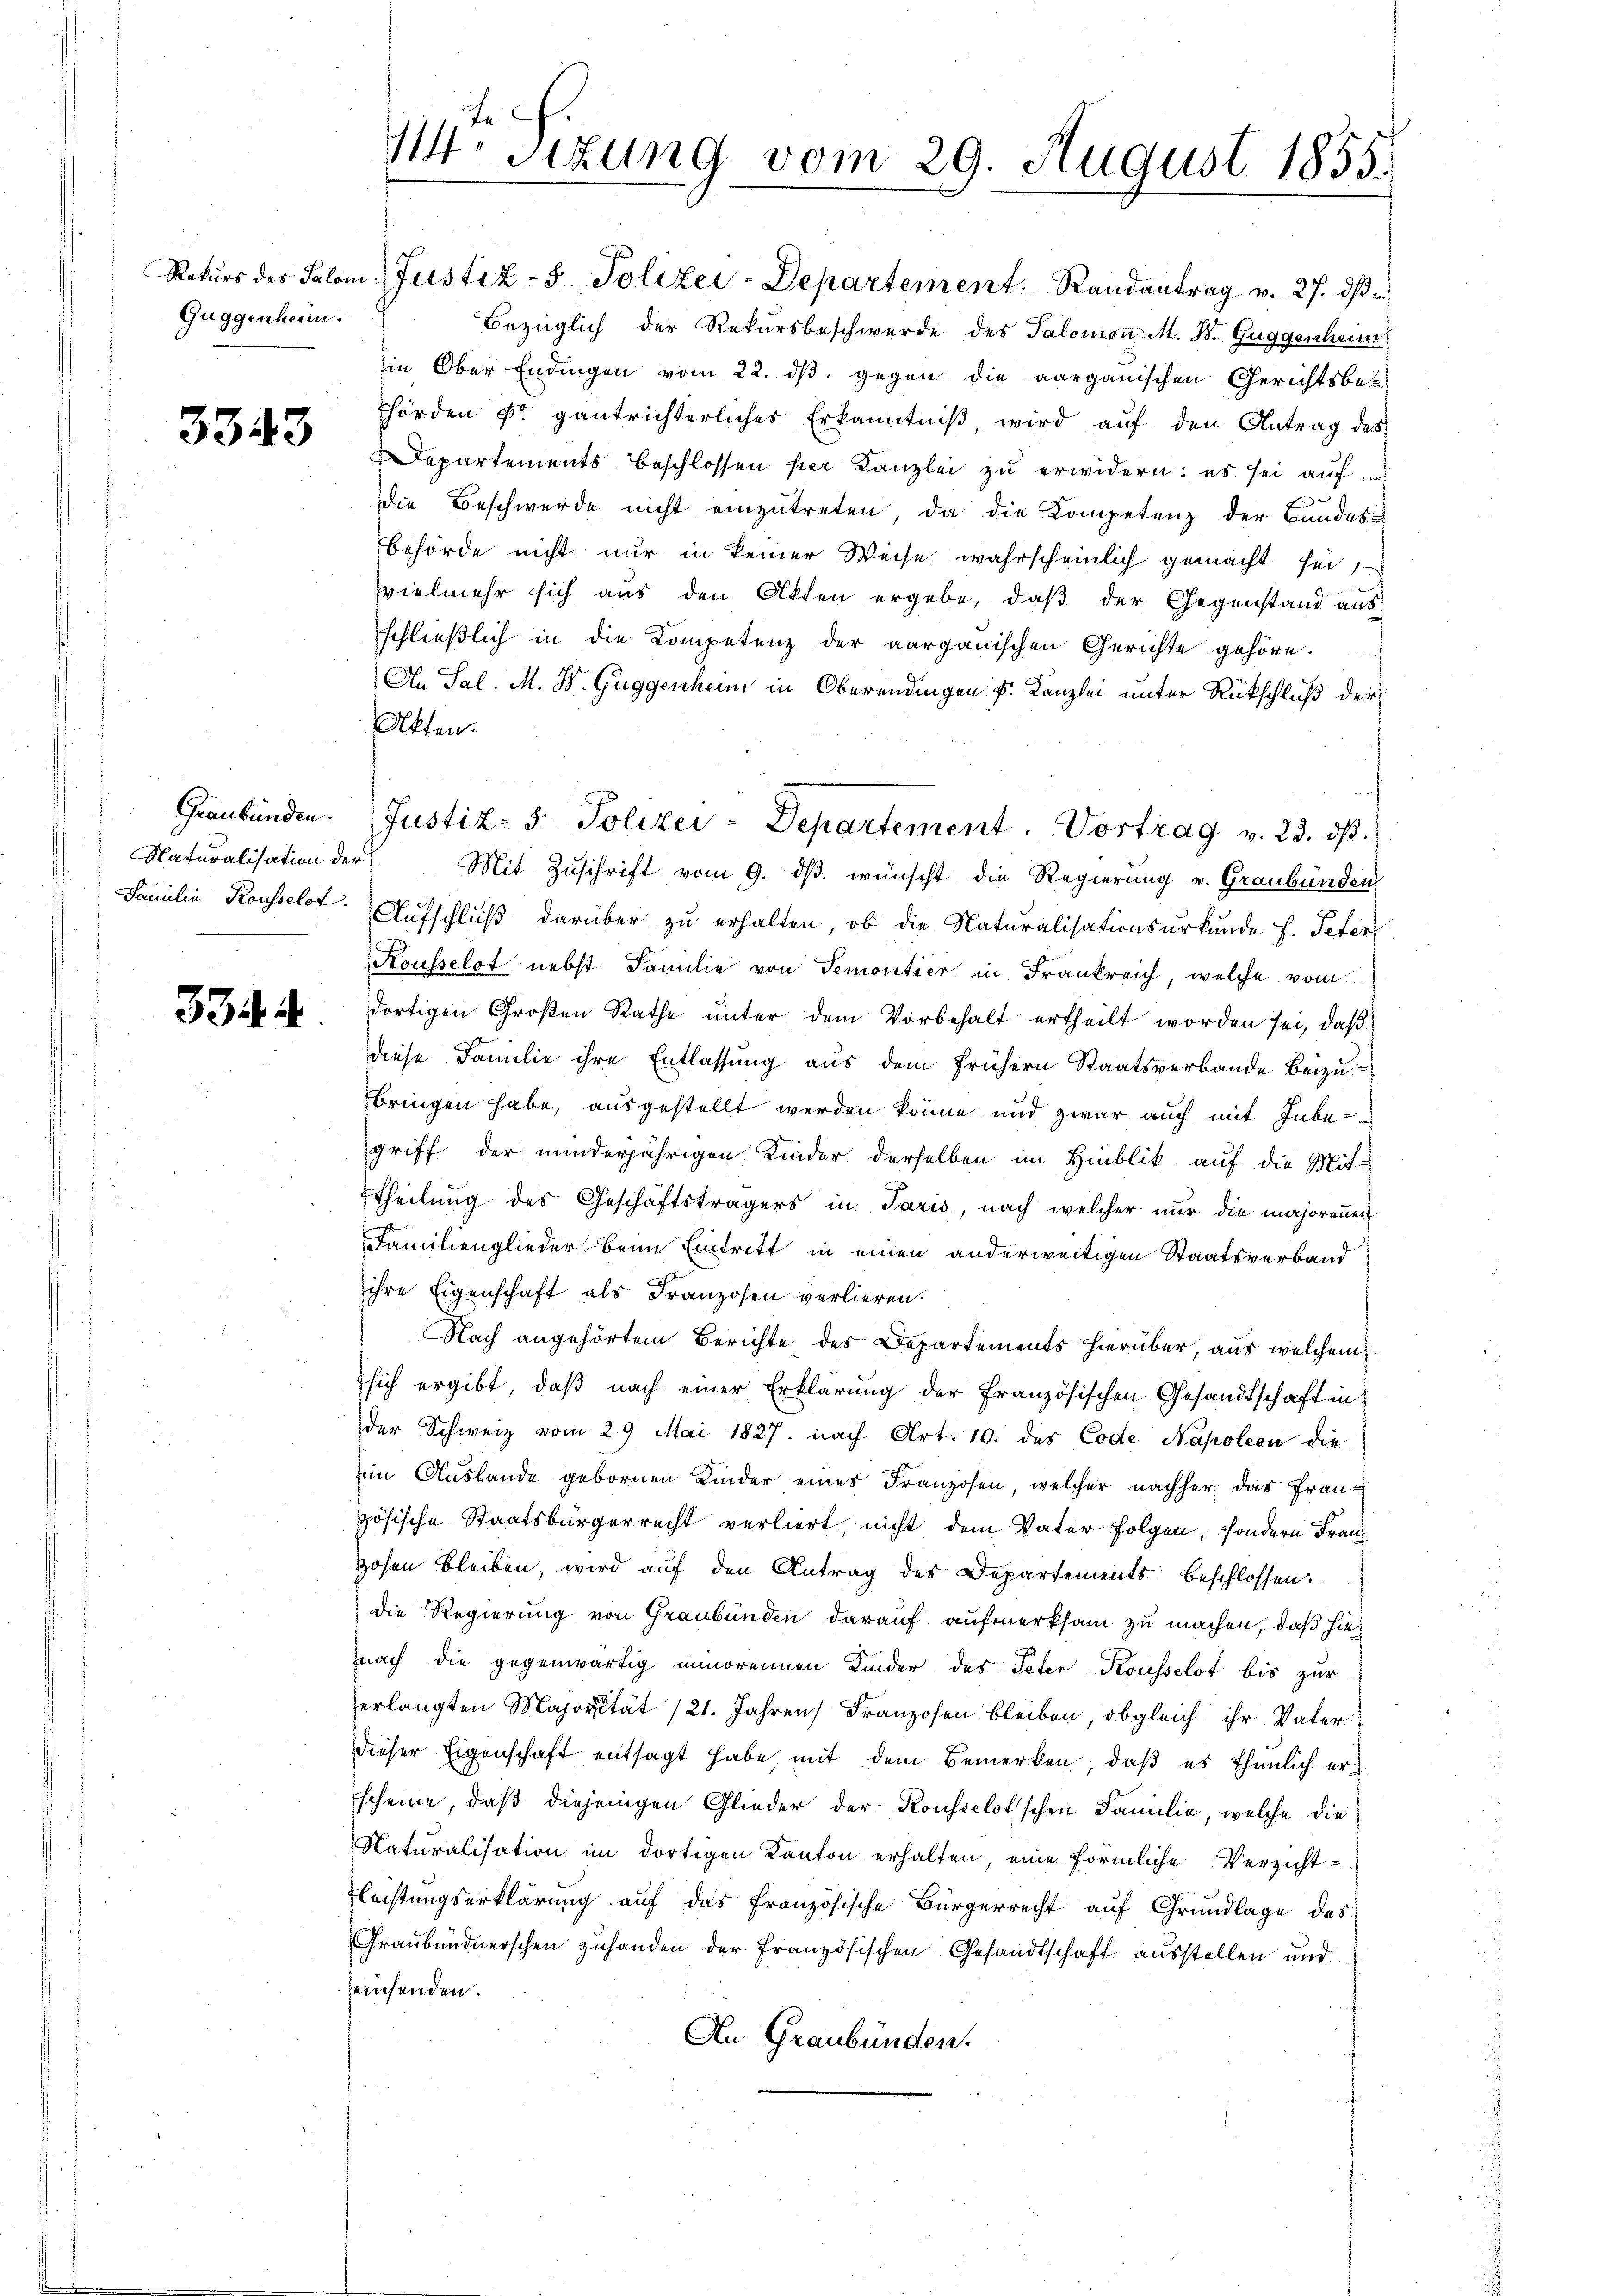
Guggenheim.

3343

Graubünden.
Naturalisation der

334. 4

M. Sizung vom 29. August 1855.

Rekurs des Salom Justiz- & Polizei-Departement. Randantrag v. 27. dβ
Bezüglich der Rekursbeschwerde des Salomon M. B. Guggenhei
in Ober Endingen vom 22. ds. gegen die aargauischen Gerichtsbe¬
Thörden Fr. gantrichterliches Erkenntniß, wird auf den Antrag des
Departements beschlossen hier Kanzlei zu erwidern: es sei auf
Die Beschwerde nicht einzutreten, da die Kompetenz der Bundes-
behörde nicht nur in keiner Weise wahrscheinlich gemacht sei,
vielmehr sich aus den Akten ergebe, daß der Gegenstand aus
schließlich in die Kompetenz der aargauischen Gerichte gehöre.
An Sal. M. D. Guggenheim in Oberendingen u. Kanzlei unter Rückschluß der
Akten.
Mit Zuschrift vom 9. dβ. wünscht die Regierung v. Graubünden
Familie Rousselst. Aufschluß darüber zu erhalten, ob die Naturalisationsurkunde f. Petenz
Kousselot nebst Familie von Semontier in Frankreich, welche vom
dortigen Großen Rathe unter dem Vorbehalt ertheilt worden sei, daß
diese Familie ihre Entlassung aus dem frühern Staatsverbande Beizubringen habe, ausgestellt werden könne und zwar auch mit Inbegriff der minderjährigen Kinder derselben im Hinblik auf die Mit-
btheilung des Geschäftsträgers in Paris, nach welcher nur die majorennen
Familienglieder beim Eintritt in einen anderweitigen Staatsverband
ihre Eigenschaft als Franzosen verlieren.
Nach angehörtem Berichte des Departements hierüber, aus welchem
sich ergibt, daß nach einer Erklärung der Französischen Gesandtschaft in
der Schweiz vom 29. Mai 1827. nach Art. 10. des Code Napoleon die
im Auslande gebornen Kinder eines Franzosen, welcher nachher das Französische Staatsbürgerrecht verliert, nicht dem Vater Folgen, sondern Franz
Hohen bleiben, wird auf den Antrag des Departements beschlossen:
Die Regierung von Graubünden darauf aufmerksam zu machen, daß hienach die gegenwärtig minoreinen Kinder des Peter Kousselst bis zur
erlangten Majorität /21. Jahren Franzosen bleiben, obgleich ihr Vater
dieser Eigenschaft entsagt habe, mit dem Bemerken, daß es thunlich erscheine, daß diejenigen Glieder der Konseclot'schen Familie, welche die
Naturalisation im dortigen Kanton erhalten, eine förmliche Verzicht-
Fleistungserklärung auf das französische Bürgerrecht aŭf Grŭndlage des
Graubündnerschen zuhanden der Französischen Gesandtschaft ausstellen und
einsenden.
An Graubünden.

Justiz- & Polizei-Departement. Vortrag v. 23. dβ.